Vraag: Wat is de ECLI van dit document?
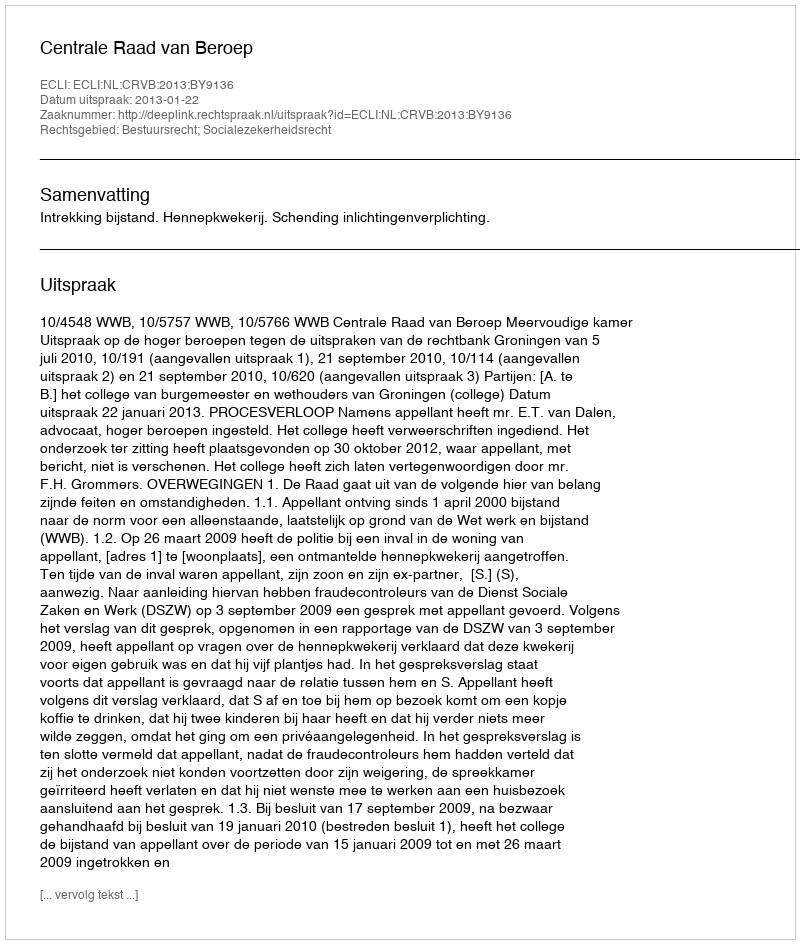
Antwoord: ECLI:NL:CRVB:2013:BY9136